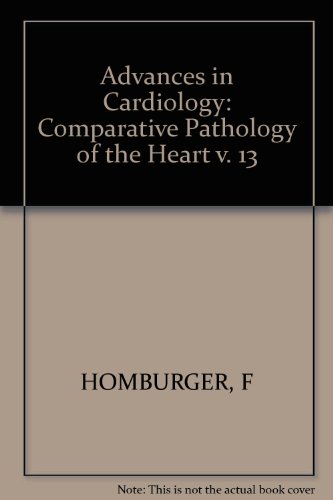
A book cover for Comparative Pathology of the Heart: Symposium, Boston, Mass., September 1973 (Advances in Cardiology, Vol. 13) (v. 13); Medical Books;